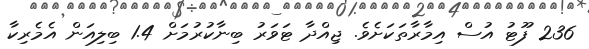
236 ފޫޓު އުސް އިމާރާތަކަށެވެ. ޖިއްދާ ޓަވަރު ބިނާކުރުމަށް 1.4 ބިލިއަން އެމެރިކާ